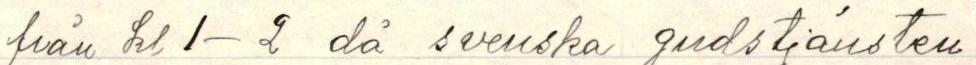
från kl 1-2 då svenska gudstjänsten